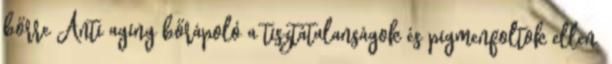
bőrre Anti aging bőrápoló a tisztátalanságok és pigmenfoltok ellen.